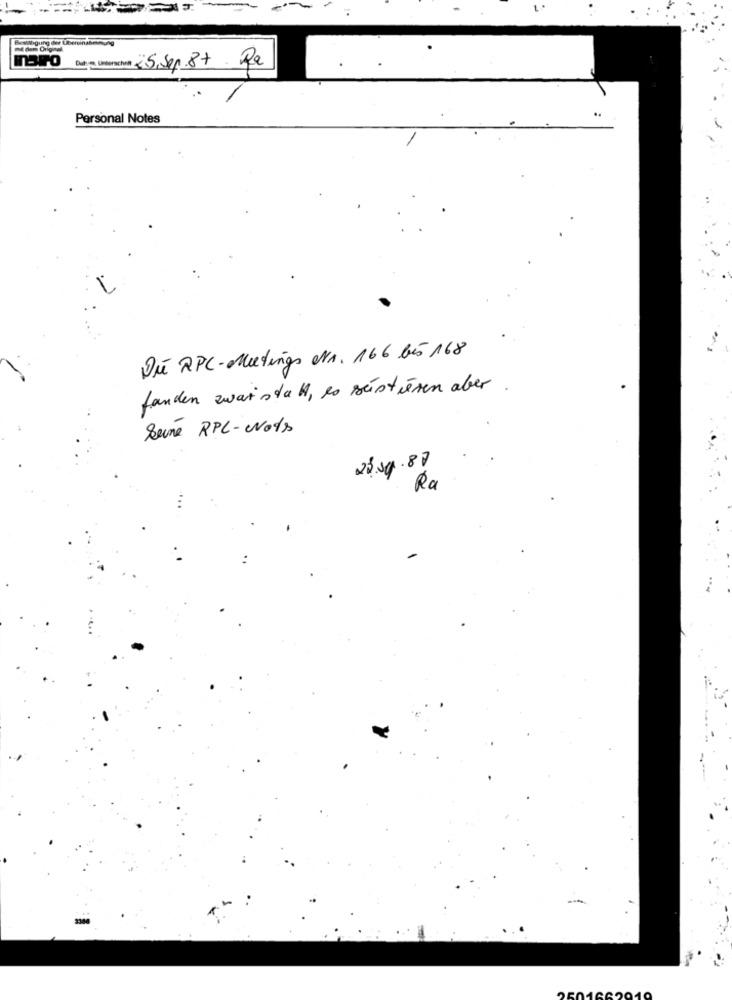
NBIPO Dat . Unterscht 25,Sep.87- Ra
Personal Notes
Die RPC-Meetings Nr. 166 bés 168
fanden zwar stahl, es seistieren aber .
Seine RPC-Nots
23sq.87
Ra